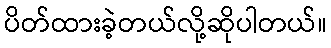
ပိတ်ထားခဲ့တယ်လို့ဆိုပါတယ်။